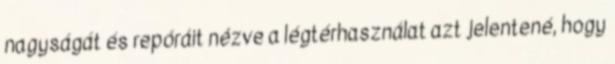
nagyságát és repóráit nézve a légtérhasználat azt jelentené, hogy